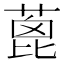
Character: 蓖